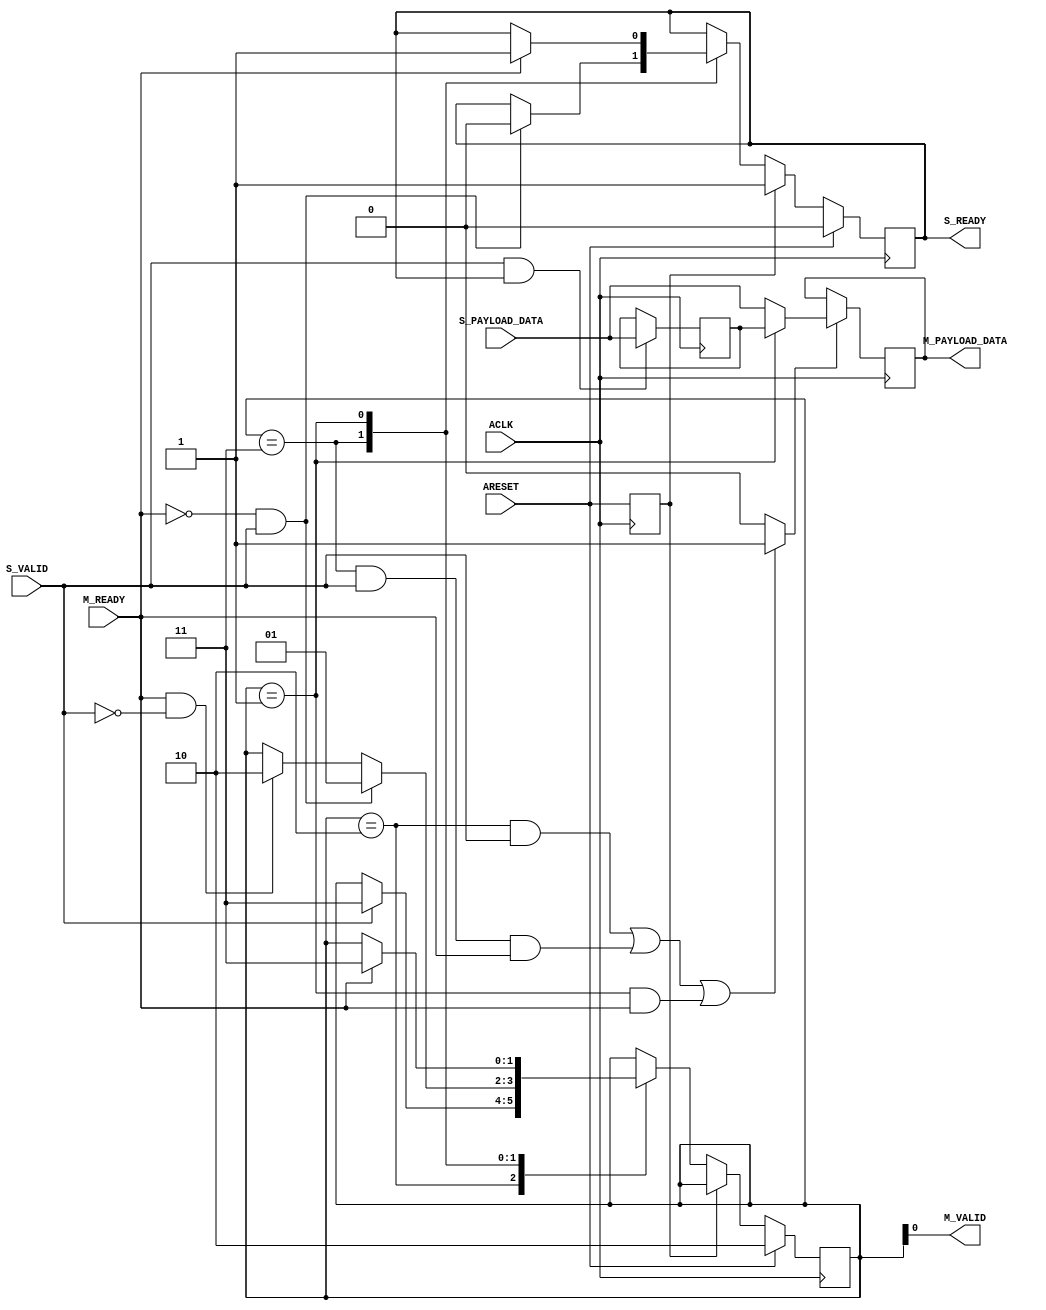
module fifo_generator_v11_0_axic_reg_slice #
  (
   parameter C_FAMILY     = "virtex6",
   parameter C_DATA_WIDTH = 32,
   parameter C_REG_CONFIG = 32'h00000000
   )
  (
   input  wire                      ACLK,
   input  wire                      ARESET,
   input  wire [C_DATA_WIDTH-1:0]   S_PAYLOAD_DATA,
   input  wire                      S_VALID,
   output wire                      S_READY,
   output wire [C_DATA_WIDTH-1:0]   M_PAYLOAD_DATA,
   output wire                      M_VALID,
   input  wire                      M_READY
   );
  generate
    if (C_REG_CONFIG == 32'h00000000)
    begin
      reg [1:0] state;
      localparam [1:0] 
        ZERO = 2'b10,
        ONE  = 2'b11,
        TWO  = 2'b01;
      reg [C_DATA_WIDTH-1:0] storage_data1 = 0;
      reg [C_DATA_WIDTH-1:0] storage_data2 = 0;
      reg                    load_s1;
      wire                   load_s2;
      wire                   load_s1_from_s2;
      reg                    s_ready_i; 
      wire                   m_valid_i; 
      assign S_READY = s_ready_i;
      assign M_VALID = m_valid_i;
      reg  areset_d1; 
      always @(posedge ACLK) begin
        areset_d1 <= ARESET;
      end
      always @(posedge ACLK) 
      begin
        if (load_s1)
          if (load_s1_from_s2)
            storage_data1 <= storage_data2;
          else
            storage_data1 <= S_PAYLOAD_DATA;        
      end
      always @(posedge ACLK) 
      begin
        if (load_s2)
          storage_data2 <= S_PAYLOAD_DATA;
      end
      assign M_PAYLOAD_DATA = storage_data1;
      assign load_s2 = S_VALID & s_ready_i;
      always @ *
      begin
        if ( ((state == ZERO) && (S_VALID == 1)) || 
             ((state == ONE) && (S_VALID == 1) && (M_READY == 1)) ||
             ((state == TWO) && (M_READY == 1)))
          load_s1 = 1'b1;
        else
          load_s1 = 1'b0;
      end 
      assign load_s1_from_s2 = (state == TWO);
      always @(posedge ACLK) begin
        if (ARESET) begin
          s_ready_i <= 1'b0;
          state <= ZERO;
        end else if (areset_d1) begin
          s_ready_i <= 1'b1;
        end else begin
          case (state)
            ZERO: if (S_VALID) state <= ONE; 
            ONE: begin
              if (M_READY & ~S_VALID) state <= ZERO; 
              if (~M_READY & S_VALID) begin
                state <= TWO;  
                s_ready_i <= 1'b0;
              end
            end
            TWO: if (M_READY) begin
              state <= ONE; 
              s_ready_i <= 1'b1;
            end
          endcase 
        end
      end 
      assign m_valid_i = state[0];
    end 
    else if (C_REG_CONFIG == 32'h00000001)
    begin
      reg [C_DATA_WIDTH-1:0] storage_data1 = 0;
      reg                    s_ready_i; 
      reg                    m_valid_i; 
      assign S_READY = s_ready_i;
      assign M_VALID = m_valid_i;
      reg  areset_d1; 
      always @(posedge ACLK) begin
        areset_d1 <= ARESET;
      end
      always @(posedge ACLK) 
      begin
        if (ARESET) begin
          s_ready_i <= 1'b0;
          m_valid_i <= 1'b0;
        end else if (areset_d1) begin
          s_ready_i <= 1'b1;
        end else if (m_valid_i & M_READY) begin
          s_ready_i <= 1'b1;
          m_valid_i <= 1'b0;
        end else if (S_VALID & s_ready_i) begin
          s_ready_i <= 1'b0;
          m_valid_i <= 1'b1;
        end
        if (~m_valid_i) begin
          storage_data1 <= S_PAYLOAD_DATA;        
        end
      end
      assign M_PAYLOAD_DATA = storage_data1;
    end 
    else begin : default_case
      assign M_PAYLOAD_DATA = S_PAYLOAD_DATA;
      assign M_VALID        = S_VALID;
      assign S_READY        = M_READY;      
    end
  endgenerate
endmodule